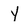
Character: y